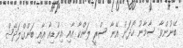
ބޭނުންވާ ސާމާނު ހޯދަން އޭނާ ސްރީ ލަންކާ އާއި އިންޑިއާ އާއި ބަންގްލަދޭޝް